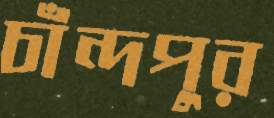
চাঁন্দপুর